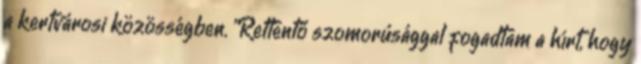
a kertvárosi közösségben. "Rettentő szomorúsággal fogadtam a hírt, hogy